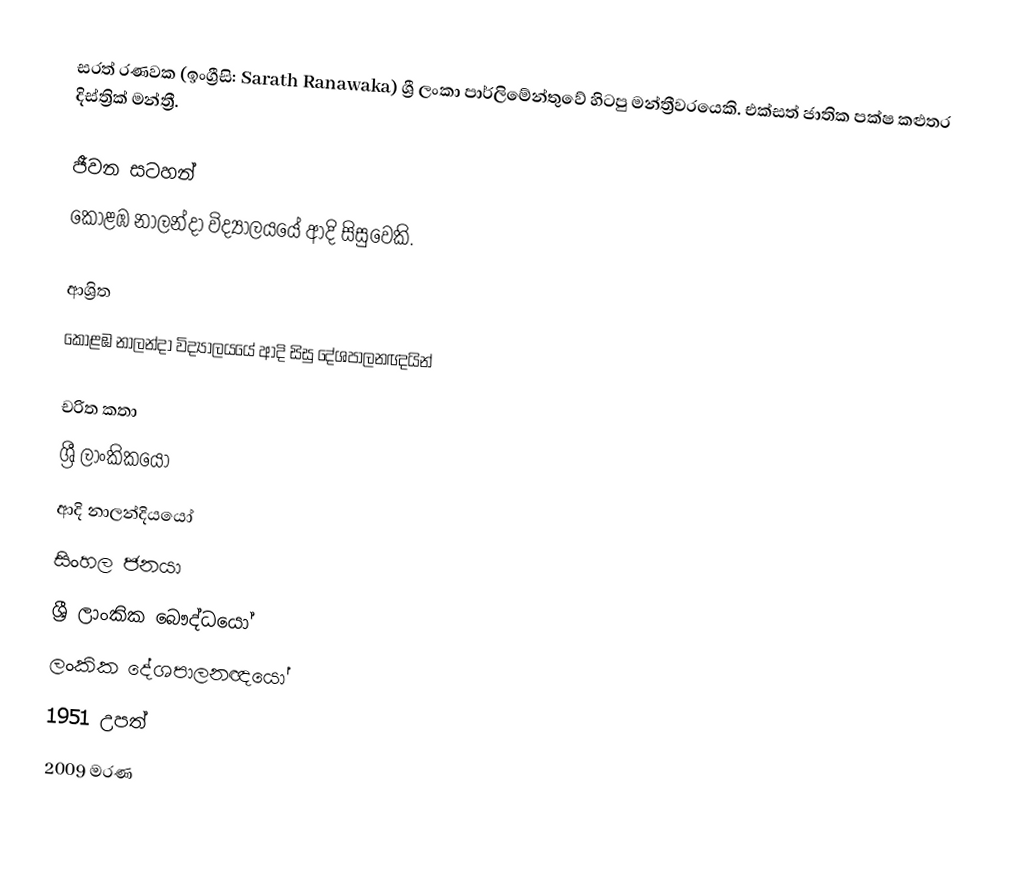
සරත් රණවක (ඉංග්‍රීසි: Sarath Ranawaka) ශ්‍රී ලංකා පාර්ලිමේන්තුවේ හිටපු මන්ත්‍රීවරයෙකි. එක්සත් ජාතික පක්ෂ කළුතර දිස්ත්‍රික් මන්ත්‍රී.

ජීවන සටහන්
කොළඹ නාලන්දා විද්‍යාලයයේ ආදි සිසුවෙකි.

ආශ්‍රිත
කොළඹ නාලන්දා විද්‍යාලයයේ ආදි සිසු දේශපාලනඥයින්

චරිත කතා
ශ්‍රී ලාංකිකයෝ
ආදි නාලන්දියයෝ
සිංහල ජනයා
ශ්‍රී ලාංකික බෞද්ධයෝ
ලංකික දේශපාලනඥයෝ
1951 උපත්
2009 මරණ